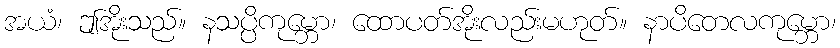
အယံ၊ ဤအိုးသည်။ နသပ္ပိကုမ္ဘော၊ ထောပတ်အိုးလည်းမဟုတ်။ နာပိတေလကုမ္ဘော၊